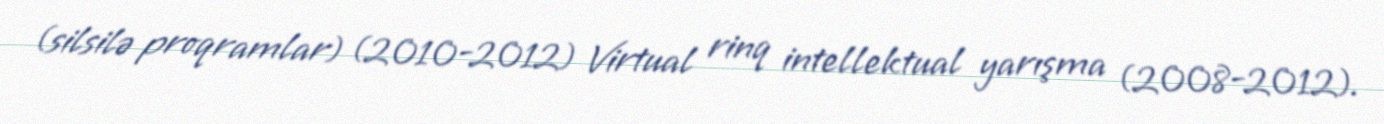
(silsilə proqramlar) (2010-2012) Virtual rinq intellektual yarışma (2008-2012).